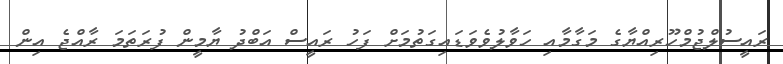
ރައީސުލްޖުމްހޫރިއްޔާގެ މަގާމާއި ހަވާލުވެވަޑައިގަތުމަށް ފަހު ރައީސް އަބްދު ޔާމީން ފުރަތަމަ ރާއްޖެ އިން